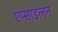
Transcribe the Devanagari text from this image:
एप्साइलन